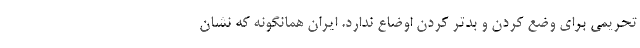
تحریمی برای وضع کردن و بدتر کردن اوضاع ندارد. ایران همانگونه که نشان